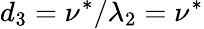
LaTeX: d_{3}=\nu^{*}/\lambda_{2}=\nu^{*}